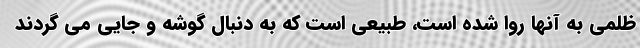
ظلمی به آنها روا شده است، طبیعی است که به دنبال گوشه و جایی می گردند